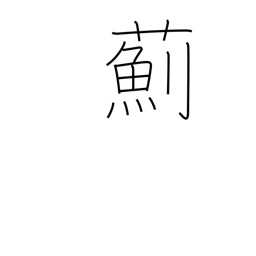
Meaning: thistle